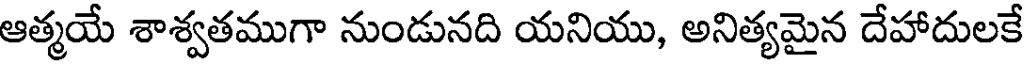
ఆత్మయే శాశ్వతముగా నుండునది యనియు, అనిత్యమైన దేహాదులకే